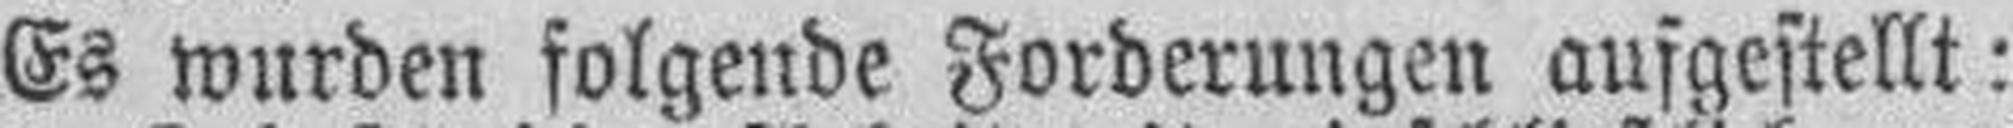
Es wurden folgende Forderungen ausgestellt: